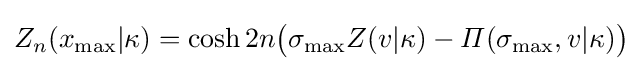
Z_{n}(x_{\text{max}}|\kappa )=\cosh 2n{\bigl (}\sigma _{\text{max}}Z(v|\kappa )-\varPi (\sigma _{\text{max}},v|\kappa ){\bigr )}